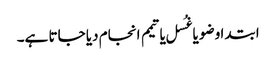
ابتدا وضو یا غُسل یا تیمم انجام دیا جاتا ہے۔